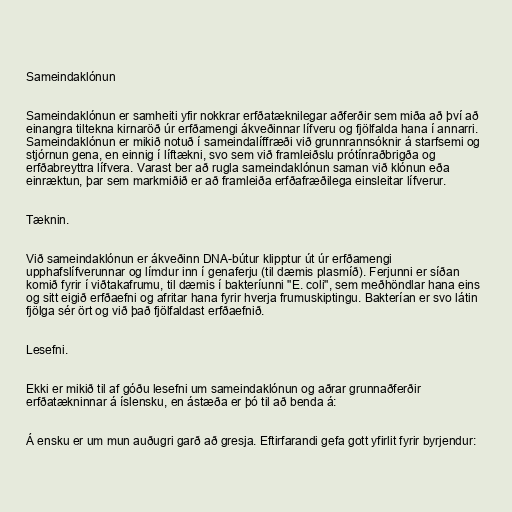
Sameindaklónun

Sameindaklónun er samheiti yfir nokkrar erfðatæknilegar aðferðir sem miða að því að
einangra tiltekna kirnaröð úr erfðamengi ákveðinnar lífveru og fjölfalda hana í annarri.
Sameindaklónun er mikið notuð í sameindalíffræði við grunnrannsóknir á starfsemi og
stjórnun gena, en einnig í líftækni, svo sem við framleiðslu prótínraðbrigða og
erfðabreyttra lífvera. Varast ber að rugla sameindaklónun saman við klónun eða
einræktun, þar sem markmiðið er að framleiða erfðafræðilega einsleitar lífverur.

Tæknin.

Við sameindaklónun er ákveðinn DNA-bútur klipptur út úr erfðamengi
upphafslífverunnar og límdur inn í genaferju (til dæmis plasmíð). Ferjunni er síðan
komið fyrir í viðtakafrumu, til dæmis í bakteríunni "E. coli", sem meðhöndlar hana eins
og sitt eigið erfðaefni og afritar hana fyrir hverja frumuskiptingu. Bakterían er svo látin
fjölga sér ört og við það fjölfaldast erfðaefnið.

Lesefni.

Ekki er mikið til af góðu lesefni um sameindaklónun og aðrar grunnaðferðir
erfðatækninnar á íslensku, en ástæða er þó til að benda á:

Á ensku er um mun auðugri garð að gresja. Eftirfarandi gefa gott yfirlit fyrir byrjendur: